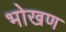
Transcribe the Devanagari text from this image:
भोखण